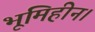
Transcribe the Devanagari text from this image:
भूमिहीन।